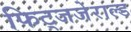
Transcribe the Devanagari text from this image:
फिट्जजेराल्ड